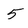
Character: 5